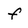
Character: f